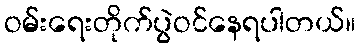
ဝမ်းရေးတိုက်ပွဲဝင်နေရပါတယ်။